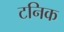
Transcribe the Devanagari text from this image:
टनिक